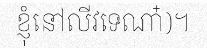
ខ្ញុំនៅលីវទេណា៎)។